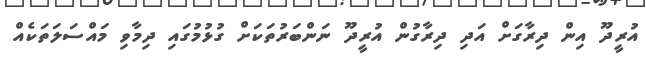
އުރީދޫ އިން ދިރާގަށް އަދި ދިރާގުން އުރީދޫ ނަންބަރުތަކަށް ގުޅުމުގައި ދިމާވި މައްސަލަތަކެއް